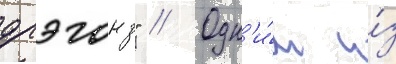
дрэгонз" // Одн'и́м и́з